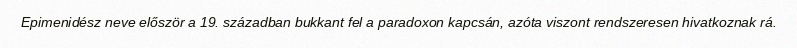
Epimenidész neve először a 19. században bukkant fel a paradoxon kapcsán, azóta viszont rendszeresen hivatkoznak rá.